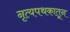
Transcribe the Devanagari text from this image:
नृत्यपथकातून